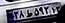
۲۸ط۵۹۳۱۳